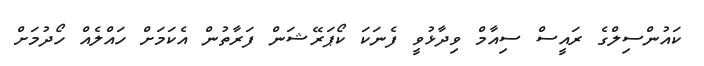
ކައުންސިލްގެ ރައީސް ސިއާމް ވިދާޅުވީ ފެނަކަ ކޯޕަރޭޝަން ފަރާތުން އެކަމަށް ހައްލެއް ހޯދުމަށް